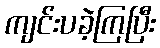
ကျင်းပခဲ့ကြပြီး